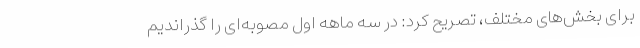
برای بخش‌های مختلف، تصریح کرد: در سه ماهه اول مصوبه‌ای را گذراندیم